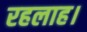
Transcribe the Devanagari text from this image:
रहलाह।